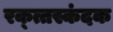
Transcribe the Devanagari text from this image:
रक्त्तस्कंदक